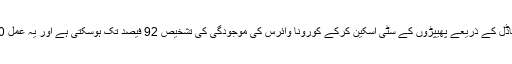
ان کا دعویٰ ہے کہ ان کے بنائے گئے ماڈل کے ذریعے پھیپڑوں کے سٹی اسکین کرکے کورونا وائرس کی موجودگی کی تشخیص 92 فیصد تک ہوسکتی ہے اور یہ عمل 10 سے 20سکینڈ میں مکمل ہو جائے گا۔